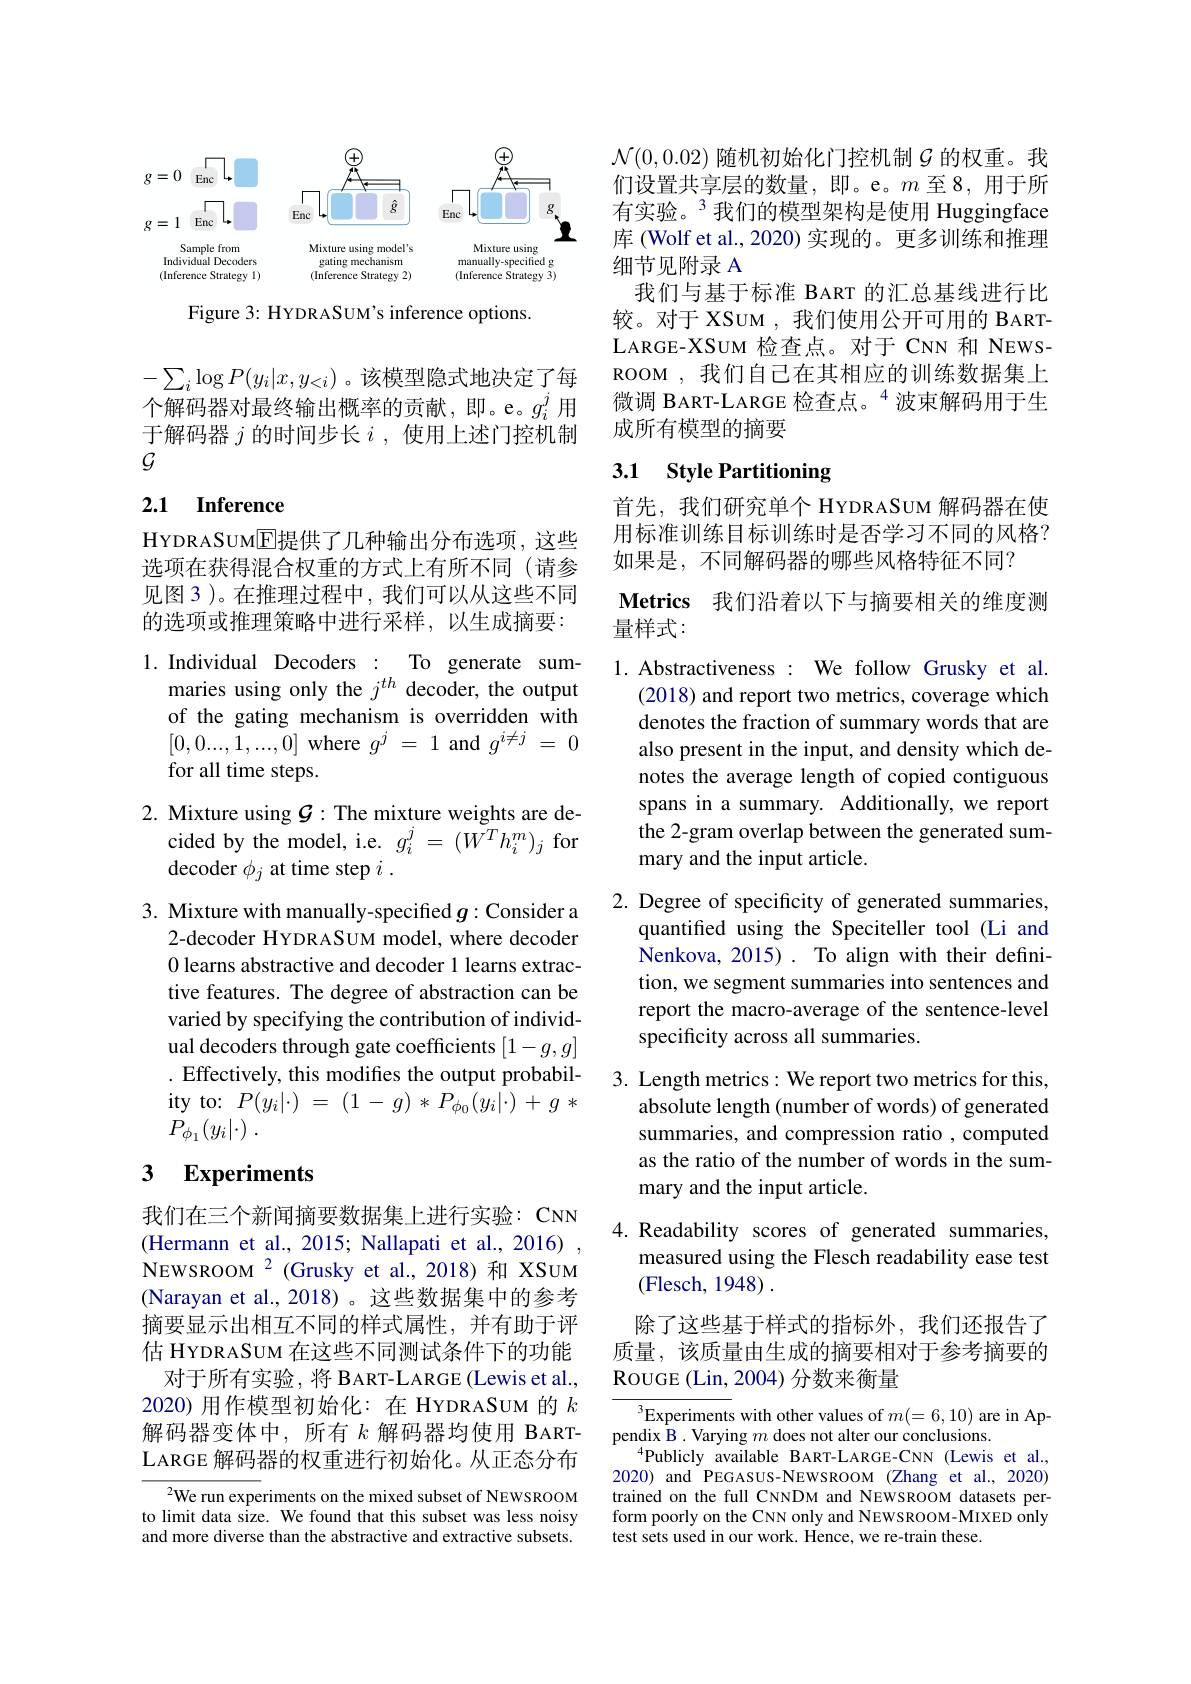
<FigureHere>

Figure 3: HYDRASUM's inference options.

$-\sum_i\log P(y_i|x,y_{<i})$。该模型隐式地决定了每个解码器对最终输出概率的贡献，即。e。$g_i^j$用于解码器$j$的时间步长$i$,使用上述门控机制$G$

## 2.1 Inference

HYDRASUM$\overline{\mathrm{E}}$提供了几种输出分布选项，这些选项在获得混合权重的方式上有所不同(请参见图 3 )。在推理过程中，我们可以从这些不同的选项或推理策略中进行采样，以生成摘要：

1. Individual Decoders : To generate sum-
maries using only the $j^{th}$ decoder, the output of the gating mechanism is overridden with [0,0...,1,...,0] where $g^j=1$ and $g^i\neq j=0$ for all time steps.

2. Mixture using $\mathcal{G}:$ The mixture weights are de-
cided by the model, i.e. $g_i^j=(\bar{W^T}h_i^m)_j$ for
decoder $\phi_j$ at time step $i.$

2-decoder HYDRASUM model, where decoder 0 learns abstractive and decoder 1 learns extractive features. The degree of abstraction can be varied by specifying the contribution of individual decoders through gate coefficients $[1-g,g]$ . Effectively, this modifies the output probability to: $P( y_{i}| \cdot )$ = (1 - $g)$ * $P_{\phi _{0}}( y_{i}| \cdot )$ + $g$ * $P_{\phi _1}( y_i| \cdot )$ .

## 3 $\textbf{Experiments}$

我们在三个新闻摘要数据集上进行实验：CNN (Hermann et al., 2015; Nallapati et al., 2016) NEWSROOM $^{2}$ (Grusky et al.,2018)和 XSUM (Narayan et al.,2018)。这些数据集中的参考摘要显示出相互不同的样式属性，并有助于评估 HYDRASUM 在这些不同测试条件下的功能
对于所有实验，将 BART-LARGE(Lewis et al., 2020) 用作模型初始化：在 HYDRASUM 的$k$ 解码器变体中，所有$k$解码器均使用 BARTLARGE 解码器的权重进行初始化。从正态分布

${{^2}\text{We run experiments on the mixed subset of NEwsROOM}}$ to limit data size. We found that this subset was less noisy and more diverse than the abstractive and extractive subsets.

$\mathcal{N}(0,0.02)$随机初始化门控机制$\mathcal{G}$的权重。我们设置共享层的数量，即。e。$m$至8，用于所有实验。$^{3}$我们的模型架构是使用 Huggingface 库 (Wolf et al., 2020) 实现的。更多训练和推理细节见附录 A
我们与基于标准 BART 的汇总基线进行比较。对于 XSUM , 我们使用公开可用的 BARTLARGE-XSUM 检查点。对于 CNN 和 NEWSROOM ,我们自己在其相应的训练数据集上微调 BART-LARGE 检查点。$^{4}$波束解码用于生成所有模型的摘要

# 3.1 Style Partitioning

首先，我们研究单个 HYDRASUM 解码器在使用标准训练目标训练时是否学习不同的风格？ 如果是，不同解码器的哪些风格特征不同？
Metrics 我们沿着以下与摘要相关的维度测
量样式：

1. Abstractiveness : We follow Grusky et al
(2018) and report two metrics, coverage which denotes the fraction of summary words that are also present in the input, and density which denotes the average length of copied contiguous spans in a summary. Additionally, we report the 2-gram overlap between the generated summary and the input article.

3. Mixture with manually-specified $g$ :Consider a 2. Degree of specificity of generated summaries,auantified usina the Speciteller tool( Li and
quantifed using the Speciteller tool (Li and Nenkova, 2015). To align with their definition, we segment summaries into sentences and report the macro-average of the sentence-level specificity across all summaries.

3. Length metrics: We report two metrics for this,
absolute length (number of words) of generated summaries, and compression ratio , computed as the ratio of the number of words in the summary and the input article.

4. Readability scores of generated summaries,
measured using the Flesch readability ease test
(Flesch, 1948) .

除了这些基于样式的指标外，我们还报告了质量，该质量由生成的摘要相对于参考摘要的ROUGE (Lin,2004) 分数来衡量

$^3$Experiments with other values of $m(=6,10)$ are in Ap-
pendix B . Varying $m$ does not alter our conclusions
$^{4}$Publicly available BART-LARGE-CNN (Lewis et al., 2020) and PEGASUS-NEWSROOM (Zhang et al.,2020) trained on the full CNNDM and NEWSROOM datasets perform poorly on the CNN only and NEWSROOM-MIXED only test sets used in our work. Hence, we re-train these.